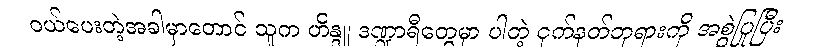
ဝယ်ပေးတဲ့အခါမှာတောင် သူက ဟိန္ဒူ ဒဏ္ဍာရီတွေမှာ ပါတဲ့ ငှက်နတ်ဘုရားကို အစွဲပြုပြီး